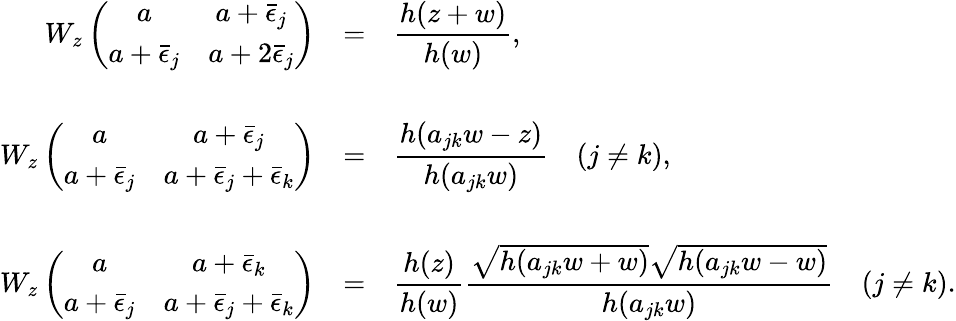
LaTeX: \begin{array}{rcl}{{W_{z}\left(\begin{array}{cc}{{a}}&{{a+\bar{\epsilon}_{j}}}\\ {{a+\bar{\epsilon}_{j}}}&{{a+2\bar{\epsilon}_{j}}}\end{array}\right)}}&{{=}}&{{\displaystyle\frac{h(z+w)}{h(w)},}}\\ {{{}~}}&{{~}}&{{~}}\\ {{W_{z}\left(\begin{array}{cc}{{a}}&{{a+\bar{\epsilon}_{j}}}\\ {{a+\bar{\epsilon}_{j}}}&{{a+\bar{\epsilon}_{j}+\bar{\epsilon}_{k}}}\end{array}\right)}}&{{=}}&{{\displaystyle\frac{h(a_{jk}w-z)}{h(a_{jk}w)}~~~~(j\neq k),}}\\ {{{}~}}&{{~}}&{{~}}\\ {{W_{z}\left(\begin{array}{cc}{{a}}&{{a+\bar{\epsilon}_{k}}}\\ {{a+\bar{\epsilon}_{j}}}&{{a+\bar{\epsilon}_{j}+\bar{\epsilon}_{k}}}\end{array}\right)}}&{{=}}&{{\displaystyle\frac{h(z)}{h(w)}\frac{\sqrt{h(a_{jk}w+w)}\sqrt{h(a_{jk}w-w)}}{h(a_{jk}w)}~~~~(j\neq k).}}\end{array}